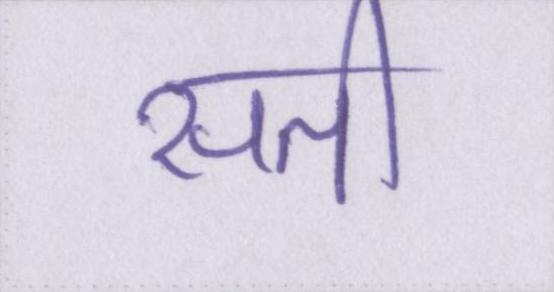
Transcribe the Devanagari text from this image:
सती